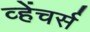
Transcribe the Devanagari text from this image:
व्हेंचर्स